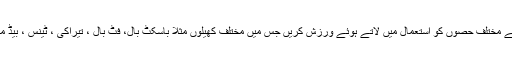
اور کوشش کرنی چاہیئے کہ جسم کے مختلف حصوں کو استعمال میں لاتے ہوئے ورزش کریں جس میں مختلف کھیلوں مثلاََ باسکٹ بال، فٹ بال ، تیراکی ، ٹینس ، بیڈ منٹن وغیرہ سے مدد لی جاسکتی ہے ۔